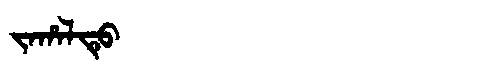
Manchu: ᠵᠠᡥᠠᠯᡨᡠ
Romanization: JAHALTU